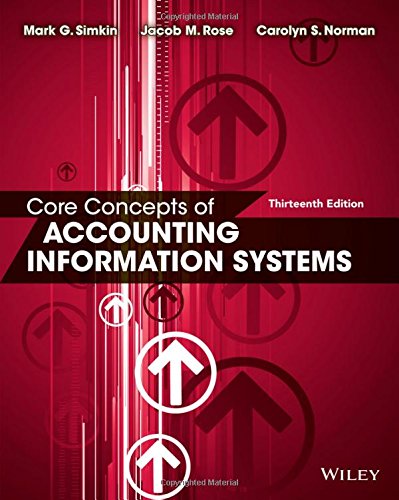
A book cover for Core Concepts of Accounting Information Systems; Mark G. Simkin; Computers & Technology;